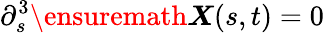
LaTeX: \partial_{s}^{3}{\ensuremath\boldsymbol{X}}(s,t)=0